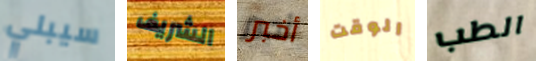
سيبلي الشريف أخبر الوقت الطب